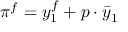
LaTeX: \pi ^ { f } = y _ { 1 } ^ { f } + p \cdot { \bar { y } } _ { 1 }